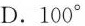
D.100°